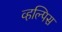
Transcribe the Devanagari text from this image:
व्हल्पिस